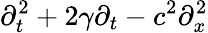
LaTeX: \partial_{t}^{2}+2\gamma\partial_{t}-c^{2}\partial_{x}^{2}